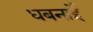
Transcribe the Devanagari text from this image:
धबनाईे